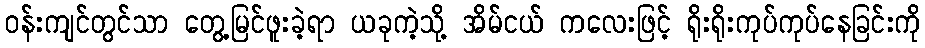
ဝန်းကျင်တွင်သာ တွေ့မြင်ဖူးခဲ့ရာ ယခုကဲ့သို့ အိမ်ငယ် ကလေးဖြင့် ရိုးရိုးကုပ်ကုပ်နေခြင်းကို